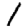
Digit: 1